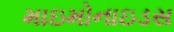
માઇમોનાઇડસ